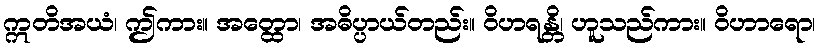
ဣတိအယံ၊ ဤကား။ အတ္ထော၊ အဓိပ္ပာယ်တည်း။ ဝိဟရန္တိ၊ ဟူသည်ကား။ ဝိဟာရော၊